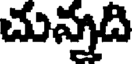
చున్నది